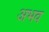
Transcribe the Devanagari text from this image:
अभव